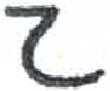
אות: ג